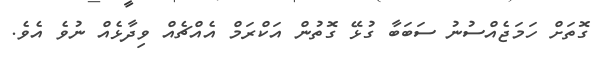
ގޮތަށް ހަމަޖެއްސުނު ސަބަބާ ގުޅޭ ގޮތުން އަކްރަމް އެއްޗެއް ވިދާޅެއް ނުވެ އެވެ.